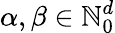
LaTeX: \alpha,\beta\in\mathbb{N}_{0}^{d}